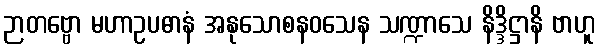
ဉာတဗ္ဗော မဟာဥပဓာနံ အနုသောစနဝသေန သဏ္ဍာသေ နိဒ္ဒိဋ္ဌာနိ ဗာဟူ